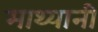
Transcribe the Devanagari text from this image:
माथ्यानी